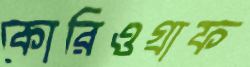
কোরিওগ্রাফ